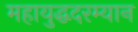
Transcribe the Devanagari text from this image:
महायुद्धदरम्यान